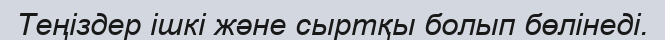
Теңіздер ішкі және сыртқы болып бөлінеді.